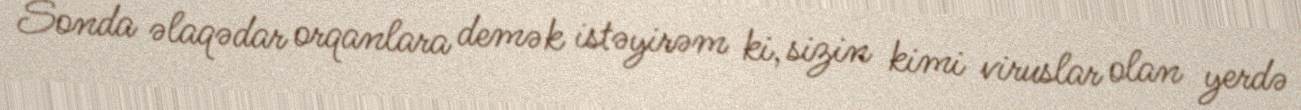
Sonda əlaqədar orqanlara demək istəyirəm ki, sizin kimi viruslar olan yerdə